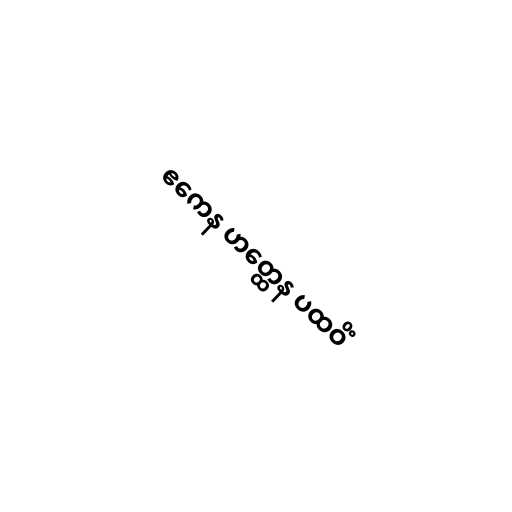
ဧကေန ဟတ္ထေန ပထဝိံ